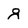
Character: g